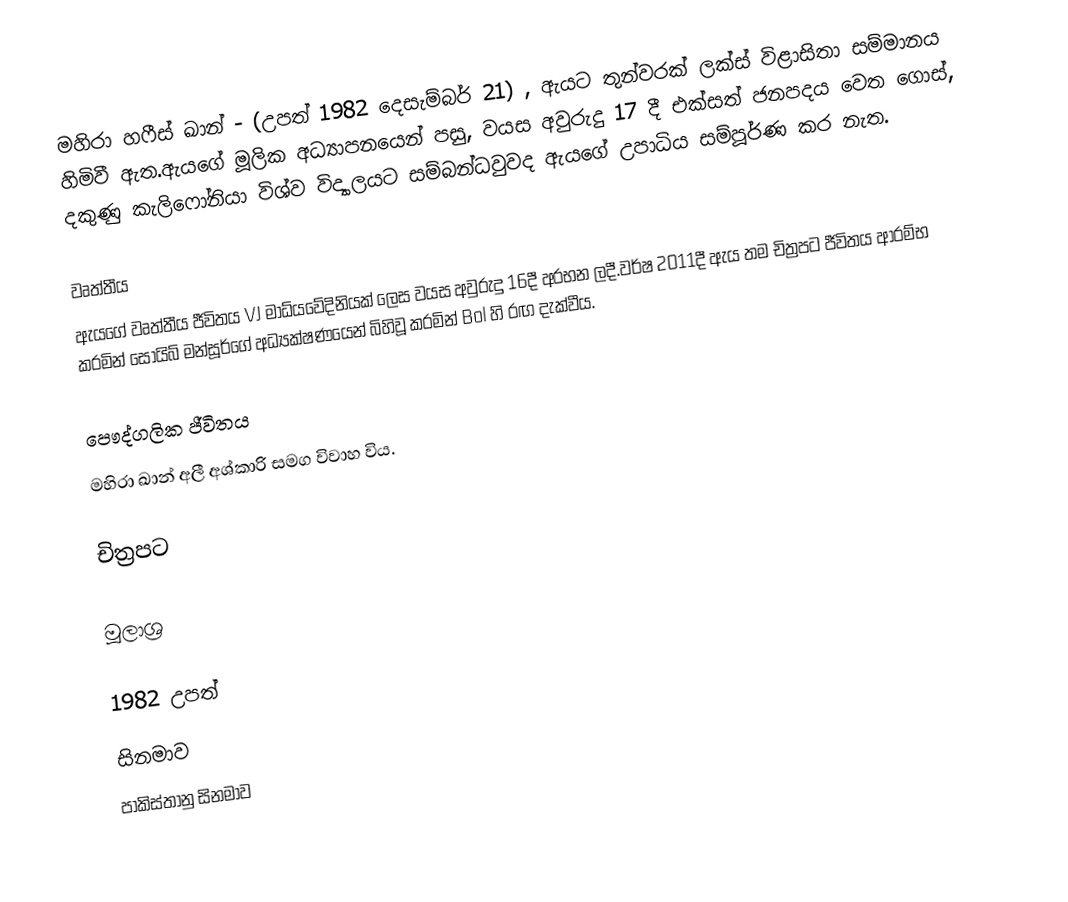
මහිරා හෆීස් ඛාන්  - (උපත් 1982 දෙසැම්බර් 21) , ඇයට තුන්වරක් ලක්ස් විළාසිතා සම්මානය හිමිවී ඇත.ඇයගේ මූලික අධ්‍යාපනයෙන් පසු, වයස අවුරුදු 17 දී එක්සත් ජනපදය වෙත ගොස්, දකුණු කැලිෆෝනියා විශ්ව විද්‍යාලයට සම්බන්ධවුවද ඇයගේ උපාධිය සම්පූර්ණ කර නැත.

වෘත්තීය
ඇයගේ වෘත්තීය ජීවිතය VJ මාධ්යවේදිනියක් ලෙස වයස අවුරුදු 16දී අරභන ලදී.වර්ෂ 2011දී ඇය තම චිත්‍රපට ජීවිතය ආරම්භ කරමින් සොයිබ් මන්සූර්ගේ අධ්‍යක්ෂණයෙන් බිහිවූ කරමින් Bol හි රඟ දැක්වීය.

පෞද්ගලික ජීවිතය
මහිරා ඛාන් අලී අශ්කාරි සමග විවාහ විය.

චිත්‍රපට

මූලාශ්‍ර

1982 උපත්
සිනමාව
පාකිස්තානු සිනමාව